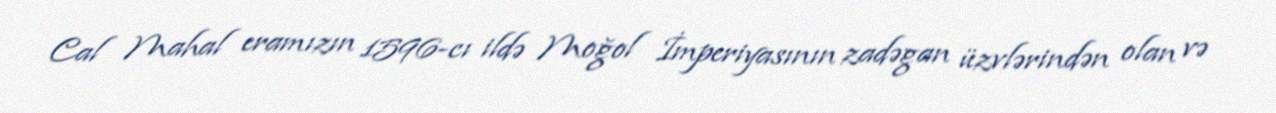
Cal Mahal eramızın 1596-cı ildə Moğol İmperiyasının zadəgan üzvlərindən olan və